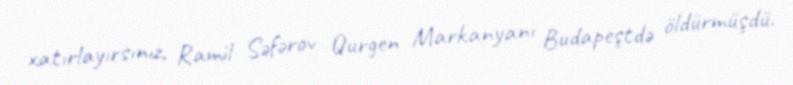
xatırlayırsınız, Ramil Səfərov Qurgen Markanyanı Budapeştdə öldürmüşdü.